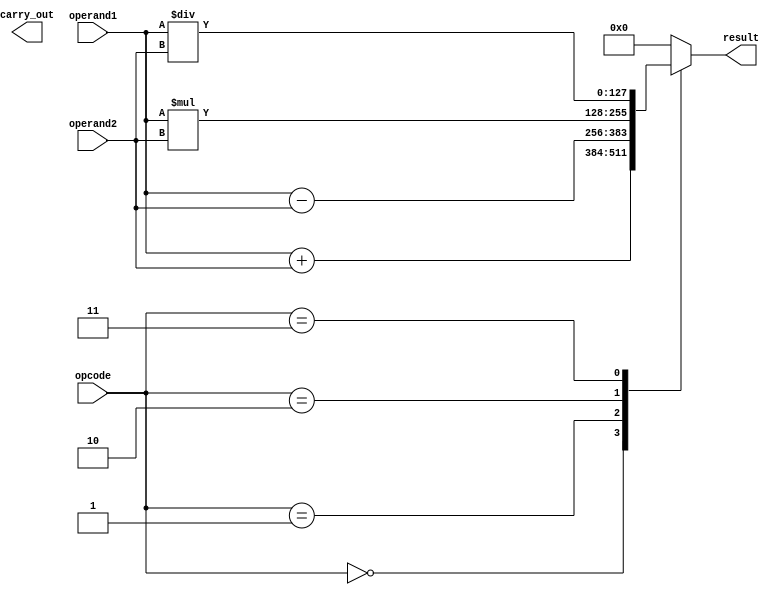
module quad_precision_float_unit(
    input wire [127:0] operand1,
    input wire [127:0] operand2,
    input wire [2:0] opcode, // 0: addition, 1: subtraction, 2: multiplication, 3: division
    output reg [127:0] result,
    output reg carry_out
);

always @(*) begin
    case(opcode)
        3'b000: result = operand1 + operand2;
        3'b001: result = operand1 - operand2;
        3'b010: result = operand1 * operand2;
        3'b011: result = operand1 / operand2;
        default: result = 128'b0;
    endcase
end

// Additional processing for rounding, normalization, exceptions, etc.

endmodule